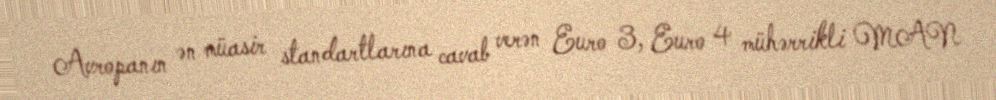
Avropanın ən müasir standartlarına cavab verən Euro 3, Euro 4 mühərrikli MAN